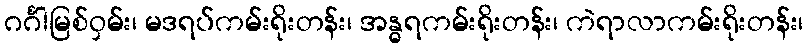
ဂင်္ဂါမြစ်ဝှမ်း၊ မဒရပ်ကမ်းရိုးတန်း၊ အန္ဓရကမ်းရိုးတန်း၊ ကဲရာလာကမ်းရိုးတန်း၊